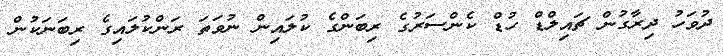
ދުވަހު ދިރާގުން ޗައިލްޑް ހުޑް ކެންސަރުގެ ރިބަންގެ ކުލައިން ނުވަތަ ރަންކުލައިގެ ރިބަނަކުން